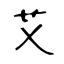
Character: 艾